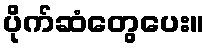
ပိုက်ဆံတွေပေး။